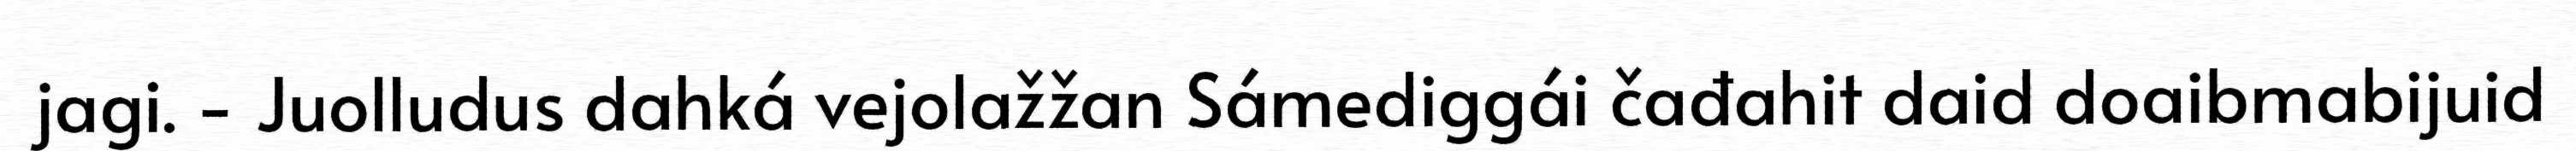
jagi. - Juolludus dahká vejolažžan Sámediggái čađahit daid doaibmabijuid